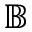
\mathbb { B }